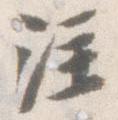
注